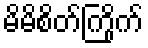
မိမိစိတ်ကြိုက်